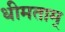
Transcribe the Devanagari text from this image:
धीमताम्